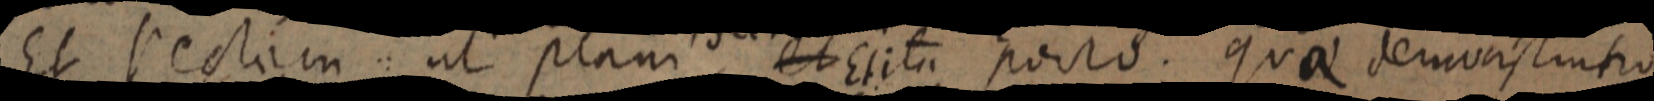
Et rectam ut plani et Et ita porro. quae demonstratio